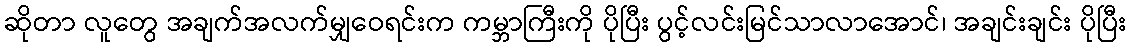
ဆိုတာ လူတွေ အချက်အလက်မျှဝေရင်းက ကမ္ဘာကြီးကို ပိုပြီး ပွင့်လင်းမြင်သာလာအောင်၊ အချင်းချင်း ပိုပြီး